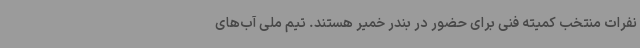
نفرات منتخب کمیته فنی برای حضور در بندر خمیر هستند. تیم ملی آب‌های